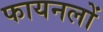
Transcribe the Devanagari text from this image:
फायनलों